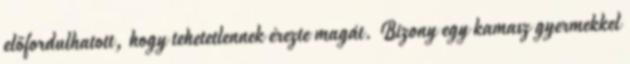
előfordulhatott, hogy tehetetlennek érezte magát. Bizony egy kamasz gyermekkel